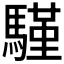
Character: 𩥕